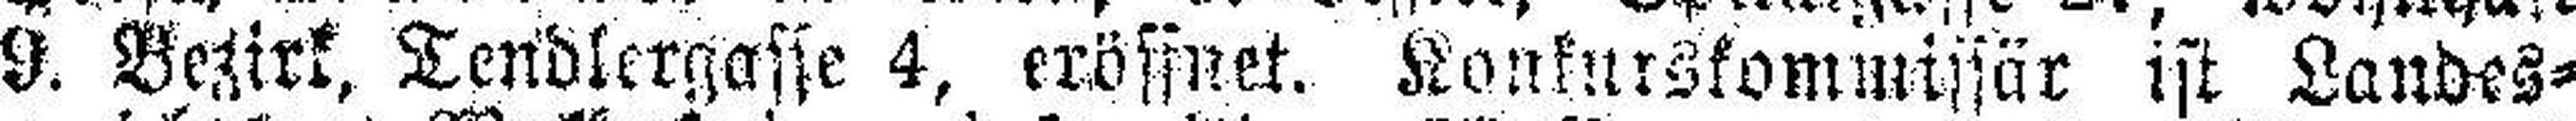
9. Bezirk, Tendlergasse 4, eröffnet. Konkurskommissär ist Landes¬